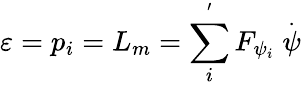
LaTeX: \varepsilon=p_{i}=L_{m}=\sum_{i}^{^{\prime}}F_{\psi_{i}}\stackrel{.}{\psi}